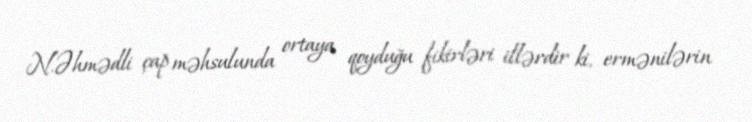
N.Əhmədli çap məhsulunda ortaya qoyduğu fikirləri illərdir ki, ermənilərin